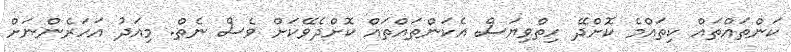
ކަންތައްތައް ކިތައްމެ ކޮށްދޭ ހިތްވިޔަސް އެކަންތައްތައް ކޮށްދެވޭކަށް ވެސް ނެތް. މިއަދު އަހަރެންނަށް